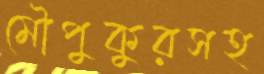
মৌপুকুরসহ